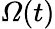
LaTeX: \mathit{\Omega}(t)